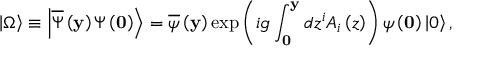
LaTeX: \left| \Omega \right\rangle \equiv \left| \overline { { \Psi } } \left( { \bf y } \right) \Psi \left( { \bf 0 } \right) \right\rangle = \overline { { \psi } } \left( { \bf y } \right) \exp \left( { i g \int _ { \bf 0 } ^ { \bf y } { d z ^ { i } A _ { i } \left( z \right) } } \right) \psi \left( { \bf 0 } \right) \left| 0 \right\rangle ,